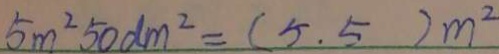
5 m ^ { 2 } 5 0 d m ^ { 2 } = ( 5 . 5 ) m ^ { 2 }